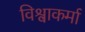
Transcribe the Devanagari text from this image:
विश्वाकर्मा